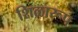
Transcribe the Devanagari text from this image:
शिळारूप